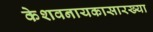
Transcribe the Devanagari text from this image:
केशवनायकासारख्या